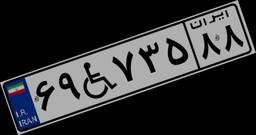
۶۹W۷۳۵۸۸